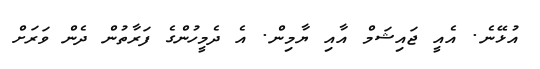
އުޅޭނެ. އެއީ ޖައިޝަމް އާއި ޔާމިން. އެ ދެމީހުންގެ ފަރާތުން ދެން ވަރަށް